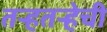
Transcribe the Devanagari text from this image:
तर्‍हतर्‍हेची